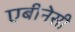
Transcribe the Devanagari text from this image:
एबीनेसी